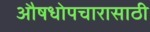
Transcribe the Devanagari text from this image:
औषधोपचारासाठी